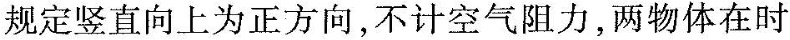
规定竖直向上为正方向，不计空气阻力，两物体在时